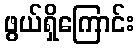
ဖွယ်ရှိကြောင်း